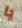
يا